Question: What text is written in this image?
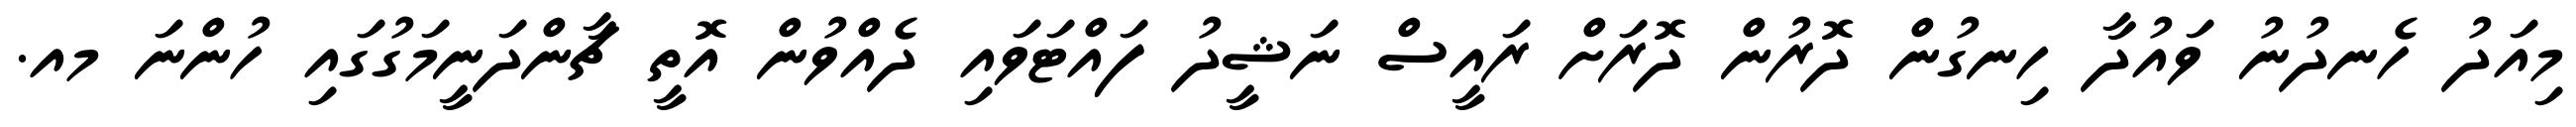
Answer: މިއަދު ހެނދުނު ވައުދާ ހިނގުން ދޮރުން ދޮރަށް ރައީސް ނަޝީދު ފައްޓަވައި ދެއްވުން އޮތީ ޗާންދަނީމަގުގައި ހުންނަ މއ.